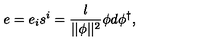
e = e _ { i } s ^ { i } = \frac l { | | \phi | | ^ { 2 } } \phi d \phi ^ { \dagger } ,